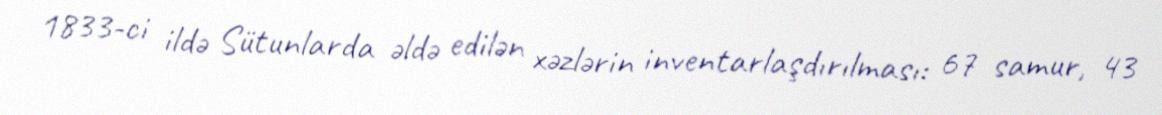
1833-ci ildə Sütunlarda əldə edilən xəzlərin inventarlaşdırılması: 67 samur, 43